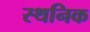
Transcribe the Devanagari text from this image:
स्थनिक